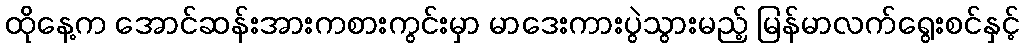
ထိုနေ့က အောင်ဆန်းအားကစားကွင်းမှာ မာဒေးကားပွဲသွားမည့် မြန်မာလက်ရွေးစင်နှင့်